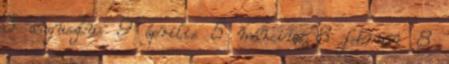
5 augusztus 9 április 5 március 8 február 8